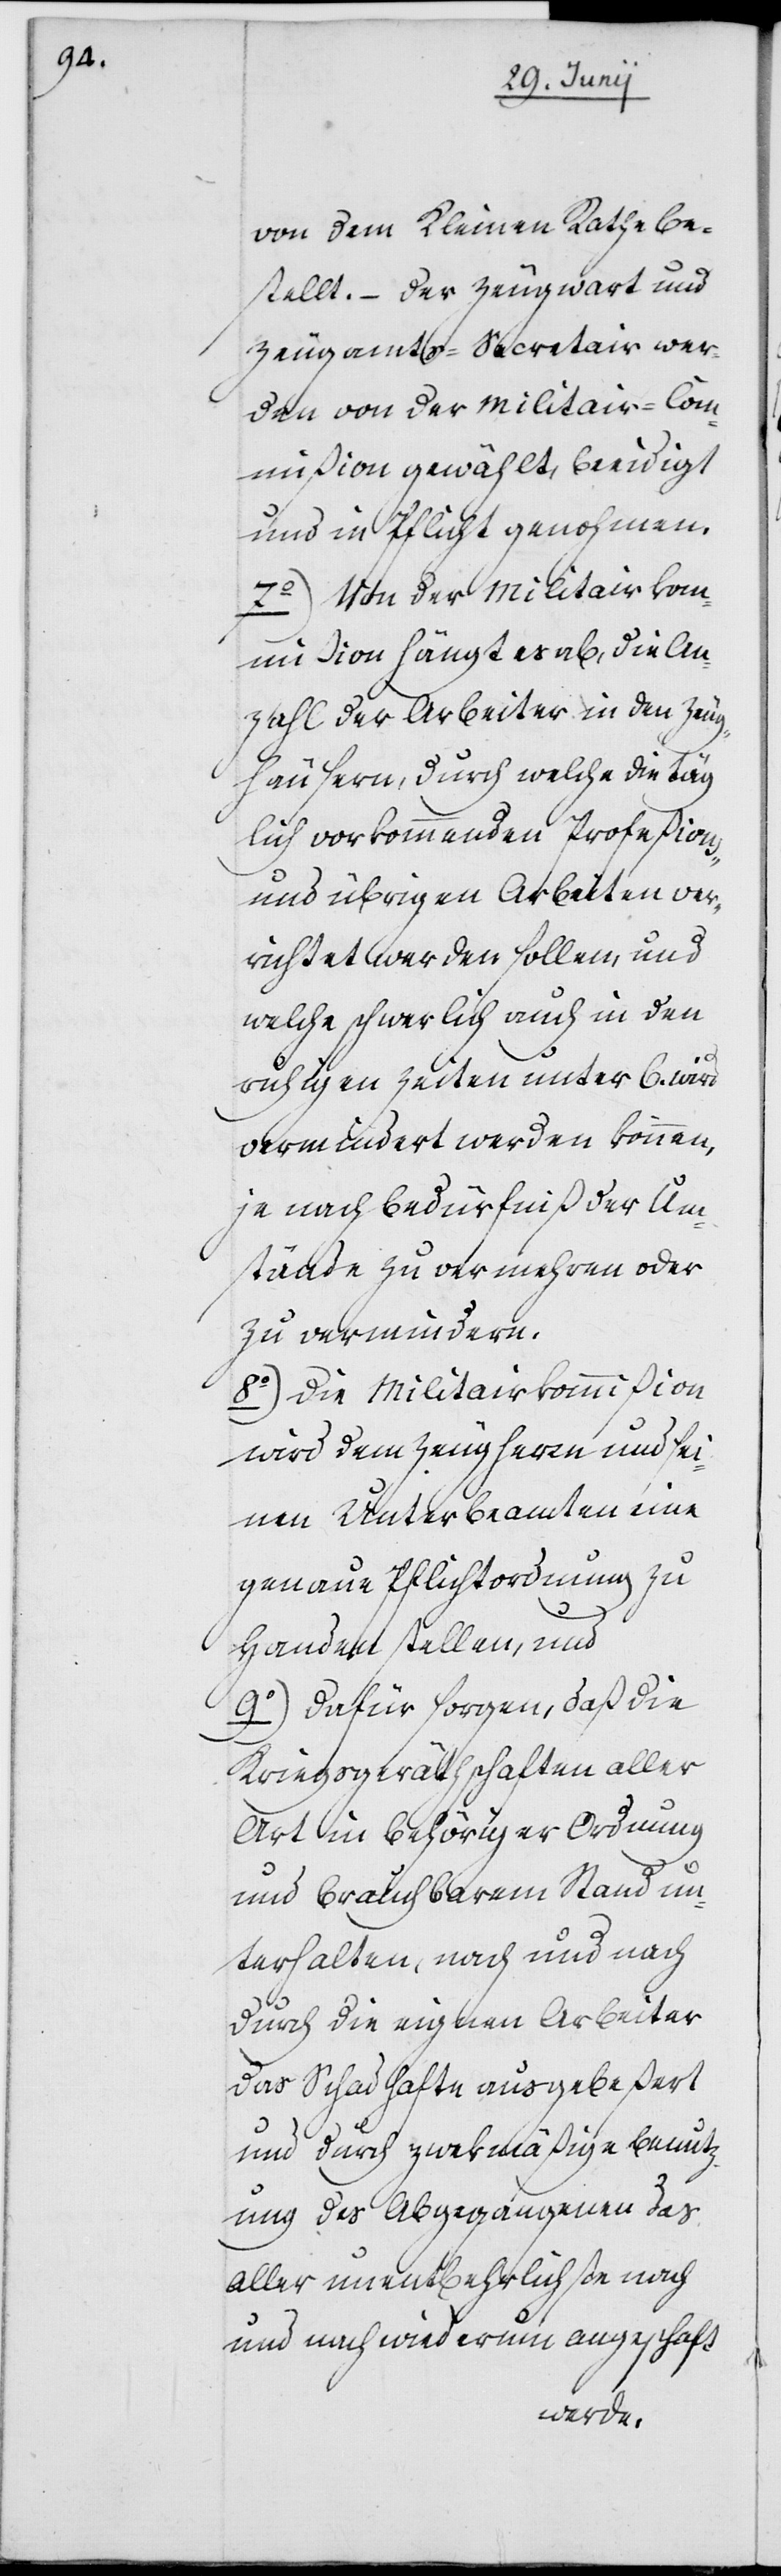
von dem Kleinen Rathe be¬
stellt. – Der Zeugwart und
Zeugamts-Secretair wer¬
den von der Militair-Co¬
mmißion gewählt, beeidigt
und in Pflicht genohmen.
7o) Von der Militairkom¬
mißion hängt es ab, die An¬
zahl der Arbeiter in den Zeug¬
häusern, durch welche die täg¬
lich vorkommenden Profeßions-
und übrigen Arbeiten ver¬
richtet werden sollen, und
welche schwerlich auch in den
ruhigen Zeiten unter 6. wird
vermindert werden können,
je nach Bedürfniß der Um¬
stände zu vermehren oder
zu vermindern.
8o) Die Militairkommißion
wird dem Zeugherrn und sei¬
nen Unterbeamten eine
genaue Pflichtordnung zu
Handen stellen, und
9o) dafür sorgen, daß die
Kriegsgeräthschaften aller
Art in behöriger Ordnung
und brauchbarem Stand un¬
terhalten, nach und nach
durch die eignen Arbeiter
das Schadhafte ausgebeßert
und durch zwekmäßige Benutz¬
ung des Abgegangenen das
Aller unentbehrlichste nach
und nach wiederum angeschaft